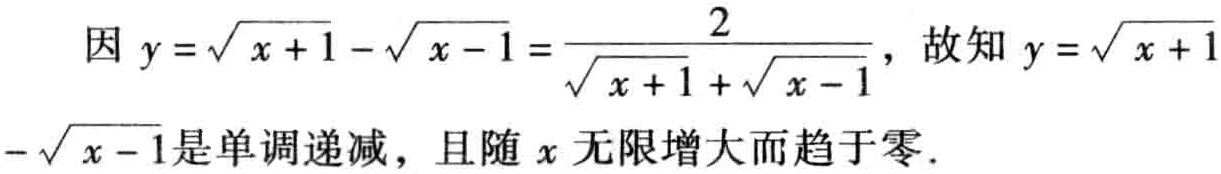
因 \(y = \sqrt{x + 1} - \sqrt{x - 1} = \frac{2}{\sqrt{x + 1} + \sqrt{x - 1}}\)，故知 \(y = \sqrt{x + 1} - \sqrt{x - 1}\)是单调递减，且随 \(x\)无限增大而趋于零．